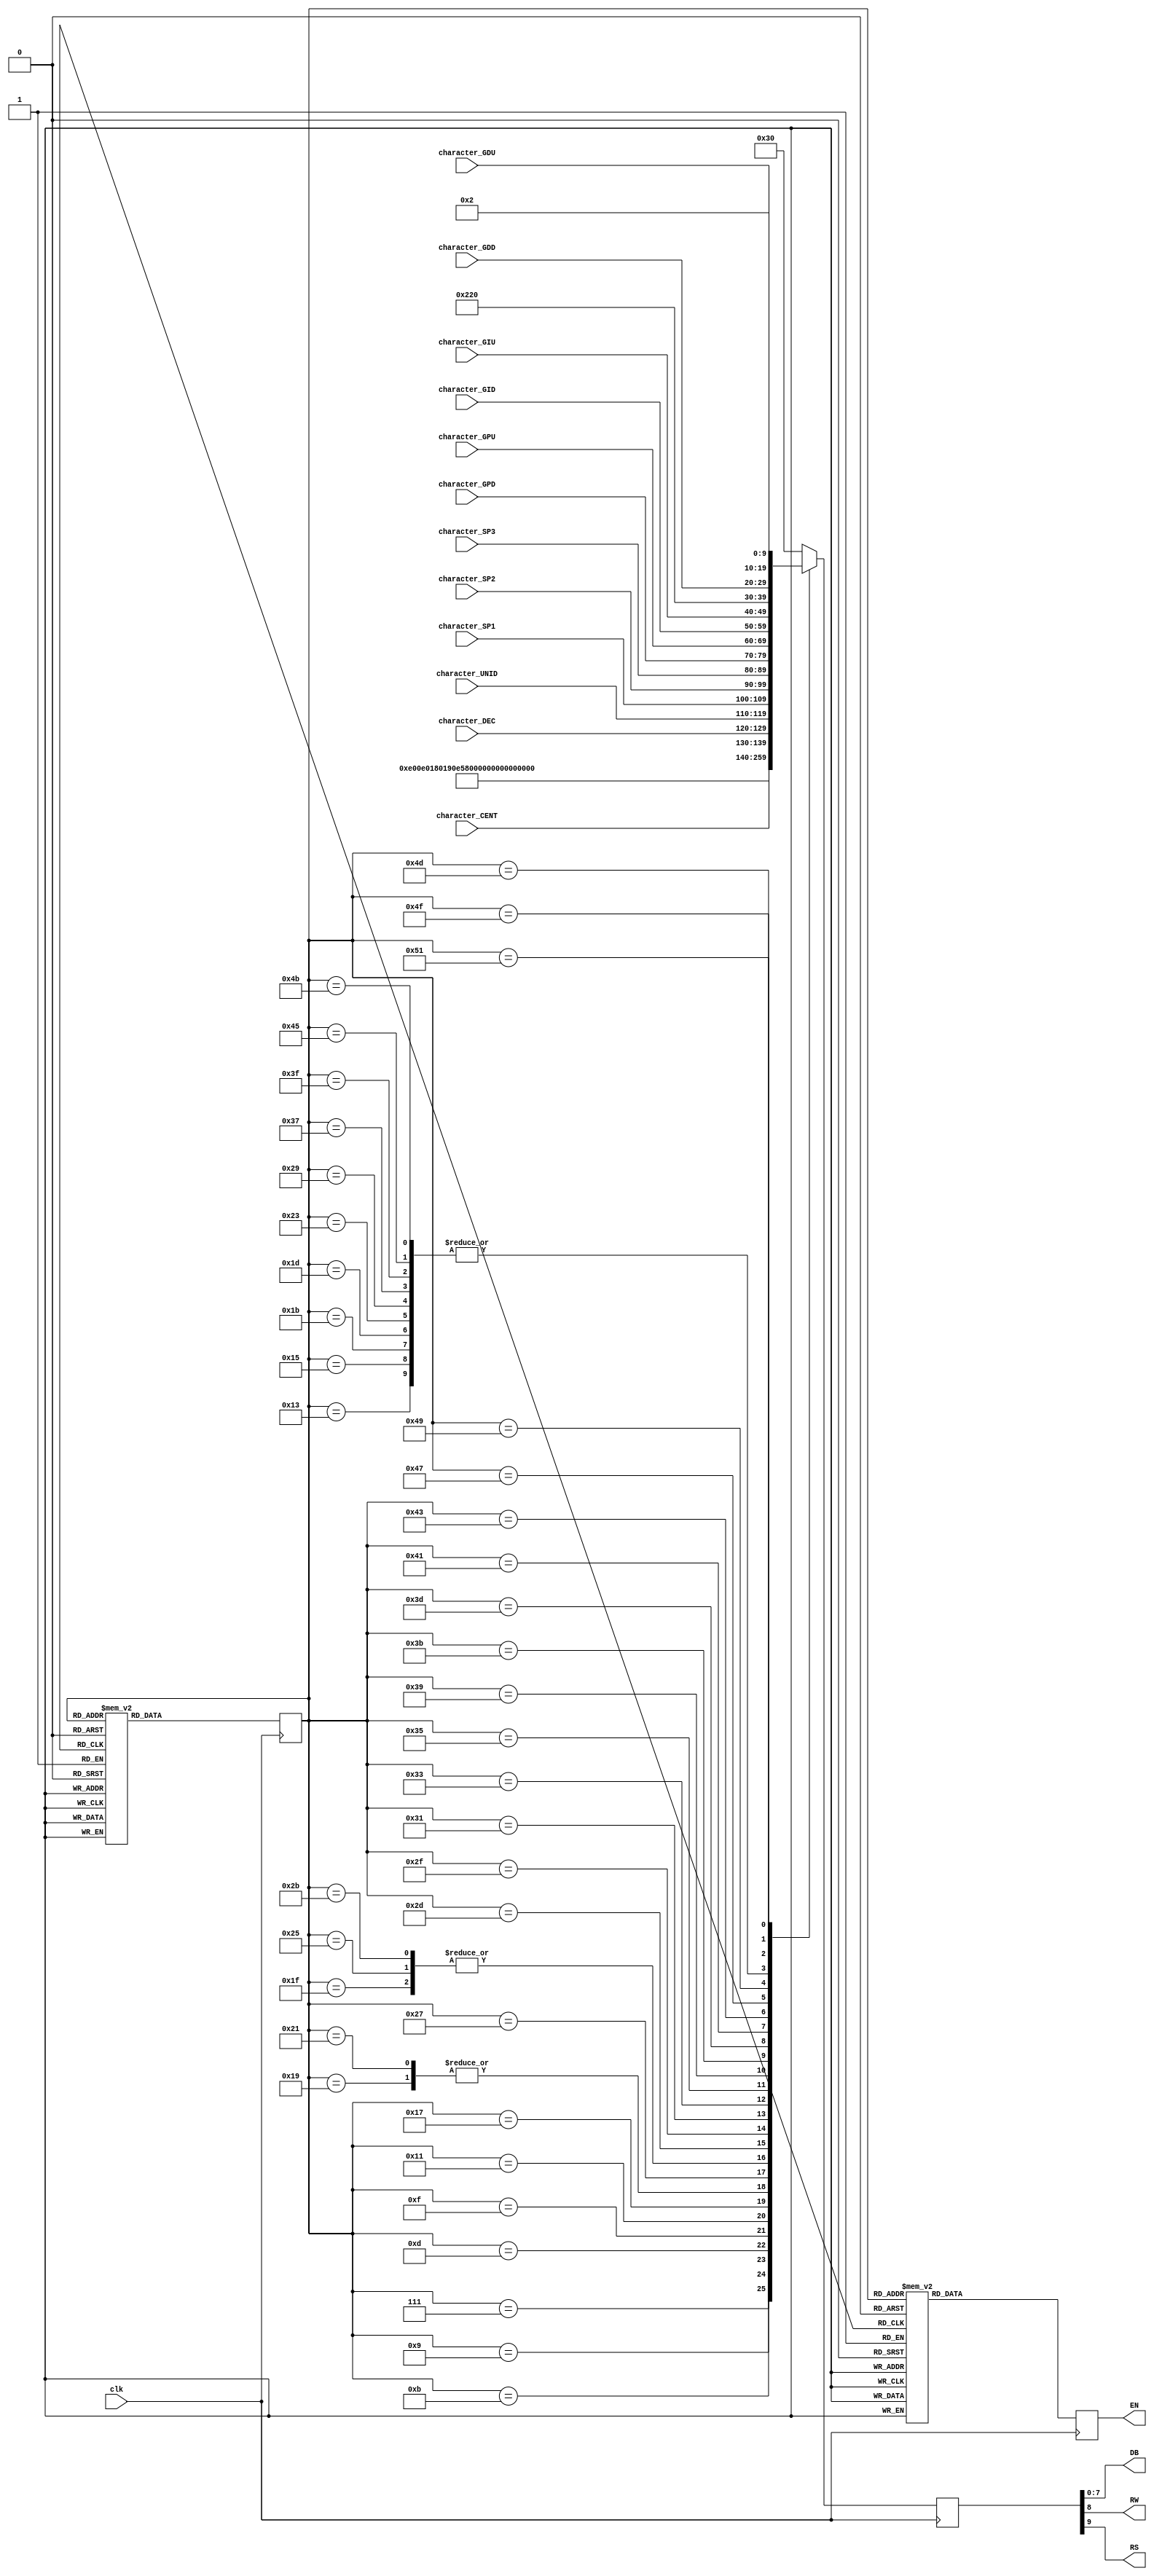
//////////////////////////////////////////////////////////////////////////////////
// University: 	 UPB
// Module Name:    display_360 
// Project Name: 	 ControlPID
// Target Devices: DE0-Nano
//////////////////////////////////////////////////////////////////////////////////
module display_360(DB, RW, RS, EN, clk, character_SP1,character_SP2,character_SP3,character_CENT,
						character_DEC,character_UNID,character_GPU,character_GIU,character_GDU,
						character_GPD,character_GID,character_GDD);

output [7:0] DB;
output RS, RW, EN;
input clk;
input wire [9:0] character_SP1,character_SP2,character_SP3;//conexion ext
input wire [9:0] character_CENT,character_DEC,character_UNID;//conexion ext
input wire [9:0] character_GPU,character_GIU,character_GDU;//conexion ext
input wire [9:0] character_GPD,character_GID,character_GDD;//conexion ext

//ascii

//Character definitions

//numbers
parameter character_0 =8'h30;
parameter character_1 =8'h31;
parameter character_2 =8'h32;
parameter character_3 =8'h33;
parameter character_4 =8'h34;
parameter character_5 =8'h35;
parameter character_6 =8'h36;
parameter character_7 =8'h37;
parameter character_8 =8'h38;
parameter character_9 =8'h39;


//Uppercase Letters
parameter character_A =8'h41;
parameter character_B =8'h42;
parameter character_C =8'h43;
parameter character_D =8'h44;
parameter character_E =8'h45;
parameter character_F =8'h46;
parameter character_G =8'h47;
parameter character_H =8'h48;
parameter character_I =8'h49;
parameter character_J =8'h4A;
parameter character_K =8'h4B;
parameter character_L =8'h4C;
parameter character_M =8'h4D;
parameter character_N =8'h4E;
parameter character_O =8'h4F;
parameter character_P =8'h50;
parameter character_Q =8'h51;
parameter character_R =8'h52;
parameter character_S =8'h53;
parameter character_T =8'h54;
parameter character_U =8'h55;
parameter character_V =8'h56;
parameter character_W =8'h57;
parameter character_X =8'h58;
parameter character_Y =8'h59;
parameter character_Z =8'h5A;

//Lowercase Letters
//parameter character_a= 8'h61;
//parameter character_b= 8'h62;
//parameter character_c= 8'h63;
//parameter character_d= 8'h64;
//parameter character_e= 8'h65;
//parameter character_f= 8'h66;
//parameter character_g= 8'h67;
//parameter character_h= 8'h68;
//parameter character_i= 8'h69;
//parameter character_j= 8'h6A;
//parameter character_k= 8'h6B;
//parameter character_l= 8'h6C;
//parameter character_m= 8'h6D;
//parameter character_n= 8'h6E;
//parameter character_o= 8'h6F;
//parameter character_p= 8'h70;
//parameter character_q= 8'h71;
//parameter character_r= 8'h72;
//parameter character_s= 8'h73;
//parameter character_t= 8'h74;
//parameter character_u= 8'h75;
//parameter character_v= 8'h76;
//parameter character_w= 8'h77;
//parameter character_x= 8'h78;
//parameter character_y= 8'h79;
//parameter character_z= 8'h7A;

//Other Characters
parameter character_colon = 8'h3A; 			//':'
parameter character_stop = 8'h2E; 			//'.'
parameter character_semi_colon = 8'h3B;   //';'
parameter character_minus = 8'h2D; 		   //'-'
parameter character_divide = 8'h2F; 		//'/'
parameter character_plus = 8'h2B; 		   //'+'
parameter character_comma = 8'h2C; 			// ','
parameter character_less_than = 8'h3C;    //'<'
parameter character_greater_than = 8'h3E; //'>'
parameter character_equals = 8'h3D; 		//'='
parameter character_question = 8'h3F; 	   //'?'
parameter character_dollar = 8'h24; 		//'$'
parameter character_space=8'h20;    	   //' '     
parameter character_exclaim=8'h21;  		//'!'
parameter character_GRADOS=8'hDF;         

   
/////////////////////////////////////////////////////////////////////////////////////
 
///registros
reg [6:0] state=5'd0;///primer estado 0
reg [6:0] nextstate;
reg [9:0] senal;// RS[0],RW[0],DB[7:0]
reg E;

//numeracion de los estados, 50 estados
parameter [6:0] E0=0;
parameter [6:0] power_on0=1;
parameter [6:0] E1=2;
parameter [6:0] power_on1=3;
parameter [6:0] E2=4;
parameter [6:0] power_on2=5;
parameter [6:0] E3=6;
parameter [6:0] function_set=7;
parameter [6:0] E4=8;
parameter [6:0] disp_oo_cont=9;
parameter [6:0] E5=10;
parameter [6:0] e_m_s=11;
parameter [6:0] E6=12;
parameter [6:0] clear=13;
parameter [6:0] E7=14;
parameter [6:0] w_d1=15;
parameter [6:0] E8=16;
parameter [6:0] w_d2=17;
parameter [6:0] E9=18;
parameter [6:0] w_d3=19;
parameter [6:0] E10=20;
parameter [6:0] w_d4=21;
parameter [6:0] E11=22;
parameter [6:0] w_d5=23;
parameter [6:0] E12=24;
parameter [6:0] w_d6=25;
parameter [6:0] E13=26;
parameter [6:0] w_d7=27;
parameter [6:0] E14=28;
parameter [6:0] w_d8=29;
parameter [6:0] E15=30;
parameter [6:0] w_d9=31;
parameter [6:0] E16=32;
parameter [6:0] w_d10=33;
parameter [6:0] E17=34;
parameter [6:0] w_d11=35;
parameter [6:0] E18=36;
parameter [6:0] w_d12=37;
parameter [6:0] E19=38;
parameter [6:0] w_d13=39;
parameter [6:0] E20=40;
parameter [6:0] w_d14=41;
parameter [6:0] E21=42;
parameter [6:0] w_d15=43;
parameter [6:0] E22=44;
parameter [6:0] w_d16=45;
parameter [6:0] E23=46;

parameter [6:0] s_a=47;

parameter [6:0] E24=48;
parameter [6:0] w_m1=49;
parameter [6:0] E25=50;
parameter [6:0] w_m2=51;
parameter [6:0] E26=52;
parameter [6:0] w_m3=53;
parameter [6:0] E27=54;
parameter [6:0] w_m4=55;
parameter [6:0] E28=56;
parameter [6:0] w_m5=57;
parameter [6:0] E29=58;
parameter [6:0] w_m6=59;
parameter [6:0] E30=60;
parameter [6:0] w_m7=61;
parameter [6:0] E31=62;
parameter [6:0] w_m8=63;
parameter [6:0] E32=64;
parameter [6:0] w_m9=65;
parameter [6:0] E33=66;
parameter [6:0] w_m10=67;
parameter [6:0] E34=68;
parameter [6:0] w_m11=69;
parameter [6:0] E35=70;
parameter [6:0] w_m12=71;
parameter [6:0] E36=72;
parameter [6:0] w_m13=73;
parameter [6:0] E37=74;
parameter [6:0] w_m14=75;
parameter [6:0] E38=76;
parameter [6:0] w_m15=77;
parameter [6:0] E39=78;
parameter [6:0] w_m16=79;
parameter [6:0] E40=80;
parameter [6:0] r_h=81;
parameter [6:0] E41=82;

///logica del registro, asignacion al siguiente estado
always@(posedge clk)
	state<=nextstate;
	
///logica secuencial
always@*
 case(state)
	E0: nextstate=power_on0;
	power_on0: nextstate=E1;
	E1: nextstate=power_on1;
	power_on1: nextstate=E2;
	E2: nextstate=power_on2;
	power_on2: nextstate=E3;
	E3: nextstate=function_set;
	function_set: nextstate=E4;
	E4: nextstate=disp_oo_cont;
	disp_oo_cont: nextstate=E5;
	E5: nextstate=e_m_s;
	e_m_s: nextstate=E6;
	E6: nextstate=clear;
	clear: nextstate=E7;
	E7: nextstate=w_d1;
	w_d1: nextstate=E8;
	E8: nextstate=w_d2;
	w_d2: nextstate=E9;
	E9: nextstate=w_d3;
	w_d3: nextstate= E10;
	E10: nextstate=w_d4;
	w_d4: nextstate=E11;
	E11: nextstate=w_d5;
	w_d5: nextstate=E12;
	E12: nextstate=w_d6;
	w_d6: nextstate=E13;
	E13: nextstate=w_d7;
	w_d7: nextstate=E14;
	E14: nextstate=w_d8;
	w_d8: nextstate=E15;
	E15: nextstate=w_d9;
	w_d9: nextstate=E16;
	E16: nextstate=w_d10;
	w_d10: nextstate=E17;
	E17: nextstate=w_d11;
	w_d11: nextstate=E18;
	E18: nextstate=w_d12;
	w_d12: nextstate=E19;
	E19: nextstate=w_d13;
	w_d13: nextstate=E20;
	E20: nextstate=w_d14;	
	w_d14: nextstate=E21;
	E21: nextstate=w_d15;
	w_d15: nextstate=E22;
	E22: nextstate=w_d16;
	w_d16: nextstate=E23;
	E23: nextstate=s_a;
	
	s_a: nextstate=E24;
	
	E24: nextstate=w_m1;
	w_m1: nextstate=E25;
	E25: nextstate=w_m2;
	w_m2: nextstate=E26;
	E26: nextstate=w_m3;
	w_m3: nextstate=E27;
	E27: nextstate=w_m4;
	w_m4: nextstate=E28;
	E28: nextstate=w_m5;
	w_m5: nextstate=E29;
	E29: nextstate=w_m6;
	w_m6: nextstate=E30;
	E30: nextstate=w_m7;
	w_m7: nextstate=E31;
	E31: nextstate=w_m8;
	w_m8: nextstate=E32;
	E32: nextstate=w_m9;
	w_m9: nextstate=E33;
	E33: nextstate=w_m10;
	w_m10: nextstate=E34;
	E34: nextstate=w_m11;
	w_m11: nextstate=E35;
	E35: nextstate=w_m12;
	w_m12: nextstate=E36;
	E36: nextstate=w_m13;
	w_m13: nextstate=E37;
	E37: nextstate=w_m14;
	w_m14: nextstate=E38;
	E38: nextstate=w_m15;
	w_m15: nextstate=E39;
	E39: nextstate=w_m16;
	w_m16: nextstate=E40;
	E40: nextstate=r_h;
	r_h: nextstate=E41;//vuelve a casa
	E41: nextstate=w_d1;//vuelve a escribir la palabra
	
		default: nextstate=power_on0;
	endcase
		
		//logica combinacional para la senal
always@(posedge clk)
	case(state)
		power_on0: 	  senal<=10'b0000110000;//inicializar, 3 pulsos
		power_on1:    senal<=10'b0000110000;
		power_on2: 	  senal<=10'b0000110000;
		function_set: senal<=10'b0000111000;//8 bits 2 lineas
		disp_oo_cont: senal<=10'b0000001110;// on off
		e_m_s: 		  senal<=10'b0000000110;//entry mode set - incrementar 1 hacia la derecha
		clear:		  senal<=10'b0000000001;//limpiar pantalla
		w_d1: 		  senal<={2'b10,character_C};		//C
		w_d2: 		  senal<={2'b10,character_V};		//V
		w_d3: 		  senal<={2'b10,character_space};// // 
		w_d4: 		  senal<={2'b10,character_space};// //
		w_d5: 		  senal<={2'b10,character_S};		//S
		w_d6: 		  senal<={2'b10,character_P};		//P 
		w_d7: 		  senal<={2'b10,character_space};// // 
		w_d8: 		  senal<={2'b10,character_space};// //
		w_d9: 		  senal<={2'b10,character_G};		//G
		w_d10: 		  senal<={2'b10,character_P};		//P
		w_d11:		  senal<={2'b10,character_space};// //
		w_d12:		  senal<={2'b10,character_G};		//G
		w_d13:		  senal<={2'b10,character_I};		//I
		w_d14:		  senal<={2'b10,character_space};// /
		w_d15:		  senal<={2'b10,character_G};		//G
		w_d16:		  senal<={2'b10,character_D};		//D
		
		s_a: 			  senal<=10'b0011000000;//set address - 2da linea
		
		w_m1: 		  senal<={character_CENT};			//1
		w_m2: 		  senal<={character_DEC};			//8
		w_m3: 		  senal<={character_UNID};			//0				
		w_m4: 		  senal<={2'b10,character_space};// //			
		w_m5: 		  senal<={character_SP1};			//1					
		w_m6: 		  senal<={character_SP2};			//8
		w_m7: 		  senal<={character_SP3};			//0
		w_m8: 		  senal<={2'b10,character_space};// //		
		w_m9: 		  senal<={character_GPD};			//0				
		w_m10: 		  senal<={character_GPU};			//8						
		w_m11: 		  senal<={2'b10,character_space};// //						
		w_m12: 		  senal<={character_GID};			//0					
		w_m13: 		  senal<={character_GIU};			//3 
		w_m14: 		  senal<={2'b10,character_space};// //
		w_m15: 		  senal<={character_GDD};			//0
		w_m16: 		  senal<={character_GDU};			//1	
		r_h:			  senal<=10'b0000000010;//return home 
		default: 	  senal<=10'b0000110000;
	endcase
	
			//logica combinacional para Enable
always@(posedge clk)
	case(state)
		power_on0:		E<=1;
		power_on1:		E<=1;
		power_on2:		E<=1;
		function_set: E<=1;
		disp_oo_cont: E<=1;
		e_m_s: 		  E<=1;
		clear:		  E<=1;
		w_d1: 		  E<=1;
		w_d2: 		  E<=1;
		w_d3: 		  E<=1;
		w_d4: 		  E<=1;
		w_d5: 		  E<=1;
		w_d6: 		  E<=1;
		w_d7: 		  E<=1;
		w_d8: 		  E<=1;
		w_d9: 		  E<=1;
		w_d10: 		  E<=1;
		w_d11:		  E<=1;
		w_d12:		  E<=1;
		w_d13:		  E<=1;
		w_d14:		  E<=1;
		w_d15:		  E<=1;
		w_d16:		  E<=1;
		s_a: 			  E<=1;
		w_m1:			  E<=1;
		w_m2:	 		  E<=1;
		w_m3:			  E<=1;
		w_m4:			  E<=1;
		w_m5:			  E<=1;
		w_m6:			  E<=1;
		w_m7:			  E<=1;
		w_m8:			  E<=1;
		w_m9:			  E<=1;
		w_m10:		  E<=1;
		w_m11:		  E<=1;
		w_m12:		  E<=1;
		w_m13:		  E<=1;
		w_m14:		  E<=1;
		w_m15:		  E<=1;
		w_m16:		  E<=1;			
		r_h:			  E<=1;
		
		default: 	  E<=0;
	endcase
	
assign DB = senal[7:0];//datos
assign RW = senal[8];//leer/escribir
assign RS = senal[9];//ascii/instruccion
assign EN = E;//enable
	
endmodule